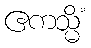
ဧကသ္မိံ